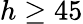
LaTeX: h\geq 45